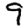
Digit: 9